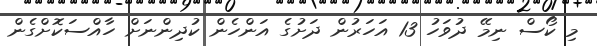
މި ކޯސް ނިމޭ ދުވަހު 13 އަހަރުން ދަށުގެ އަންހެން ކުދިންނަށް ހާއްސަކޮށްގެން